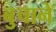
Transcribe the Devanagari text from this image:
बुचाने